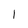
Character: I